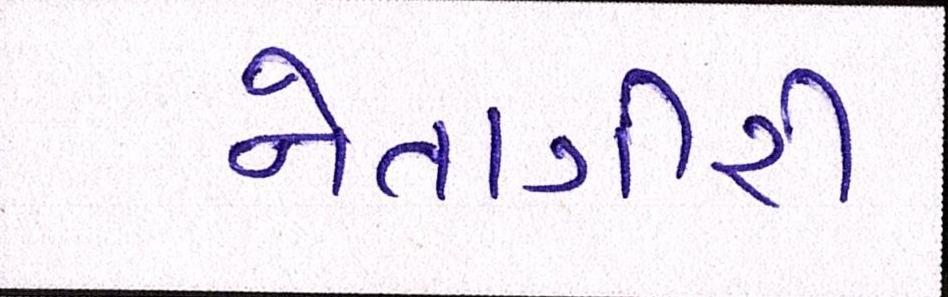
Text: નેતાગીરી